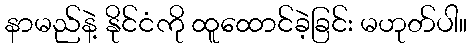
နာမည်နဲ့ နိုင်ငံကို ထူထောင်ခဲ့ခြင်း မဟုတ်ပါ။